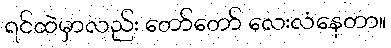
ရင်ထဲမှာလည်း တော်တော် လေးလံနေတာ။